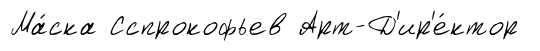
Ма́ска Сспрокофьев Арт-Д'ир'е́ктор